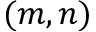
( m , n )